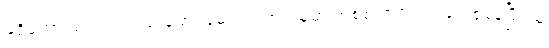
မရှိတော့ဘူး ထင်တယ် မောင်မောင်လတ်၊ သူ့မှာ အစစ အရာရာ ပြည့်စုံနေပြီ၊ သူ